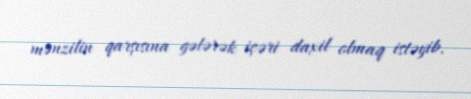
mənzilin qarşısına gələrək içəri daxil olmaq istəyib.